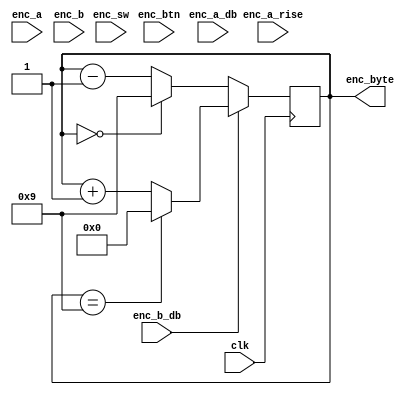
`timescale 1ns / 1ps
//////////////////////////////////////////////////////////////////////////////////
// Company: 
// Engineer: 
// 
// Design Name: 
// Module Name: encoder_add_sub
// Project Name: 
// Target Devices: 
// Tool Versions: 
// Description: 
// 
// Dependencies: 
// 
// Revision:
// Revision 0.01 - File Created
// Additional Comments:
// 
//////////////////////////////////////////////////////////////////////////////////


module encoder_add_sub(input clk,
input enc_a,
input enc_b,
input enc_sw,
input enc_btn,
input enc_b_db,
input enc_a_db,
input enc_a_rise,
output reg [3:0] enc_byte
);
    
        always @(posedge clk)
        begin
            if (enc_a_rise);
            if (!enc_b_db)
                begin
                enc_byte <= enc_byte-1;
                /*if(enc_byte[11:0] == 12'b000000000000) enc_byte <= enc_byte-12'b011010100111;
                else if(enc_byte[7:0] == 8'b00000000) enc_byte <= enc_byte-8'b10100111;
                else if(enc_byte[3:0] == 4'b0000) enc_byte <= enc_byte-4'b0111;*/
                if(enc_byte==4'b0000) enc_byte<=4'b1001;
                end
            else
                begin
                enc_byte <= enc_byte+1;
                /*if(enc_byte[11:0] == 12'b100101011001) enc_byte <= enc_byte+12'b011010100111; 
                else if(enc_byte[7:0] == 8'b01011001) enc_byte <= enc_byte+8'b10100111;
                else if(enc_byte[3:0] == 4'b1001) enc_byte <= enc_byte+3'b111;*/
                if(enc_byte==4'b1001) enc_byte<=4'b0000;
                end    
        end
endmodule